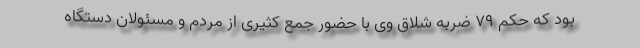
بود که حکم ۷۹ ضربه شلاق وی با حضور جمع کثیری از مردم و مسئولان دستگاه